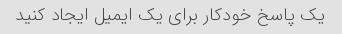
یک پاسخ خودکار برای یک ایمیل ایجاد کنید